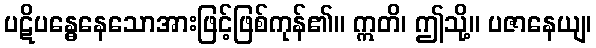
ပဋိပန္ဓေနေသောအားဖြင့်ဖြစ်ကုန်၏။ ဣတိ၊ ဤသို့။ ပဇာနေယျ၊